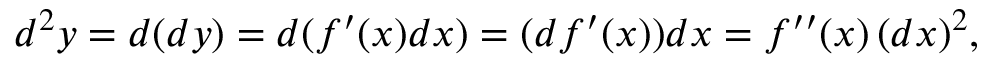
d ^ { 2 } y = d ( d y ) = d ( f ^ { \prime } ( x ) d x ) = ( d f ^ { \prime } ( x ) ) d x = f ^ { \prime \prime } ( x ) \, ( d x ) ^ { 2 } ,